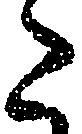
た